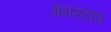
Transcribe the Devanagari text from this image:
गेमस्टाप